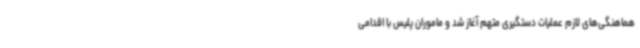
هماهنگی‌های لازم عملیات دستگیری متهم آغاز شد و ماموران پلیس با اقدامی